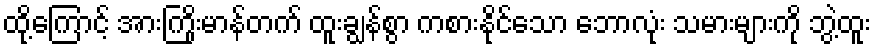
ထို့ကြောင့် အားကြိုးမာန်တက် ထူးချွန်စွာ ကစားနိုင်သော ဘောလုံး သမားများကို ဘွဲ့ထူး